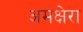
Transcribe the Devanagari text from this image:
अमक्षेरा